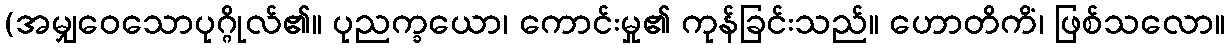
(အမျှဝေသောပုဂ္ဂိုလ်၏။ ပုညက္ခယော၊ ကောင်းမှု၏ ကုန်ခြင်းသည်။ ဟောတိကိံ၊ ဖြစ်သလော။